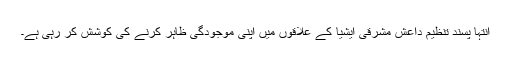
انتہا پسند تنظیم داعش مشرقی ایشیا کے علاقوں میں اپنی موجودگی ظاہر کرنے کی کوشش کر رہی ہے۔